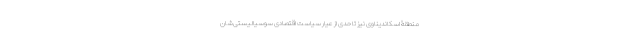
منطقۀ اسکاندیناوی نیز تا حدی از عیار سیاست اقتصادی سوسیالیستی‌شان